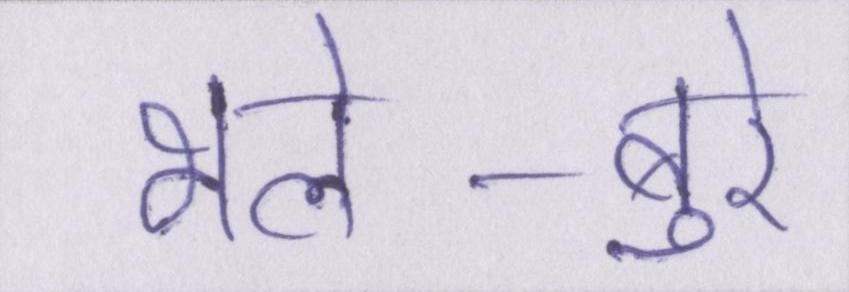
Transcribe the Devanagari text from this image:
भले-बुरे